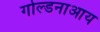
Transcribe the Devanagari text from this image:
गोल्डनाआय